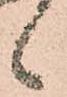
候